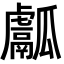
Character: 𤬝